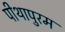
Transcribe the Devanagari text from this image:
पीथापुरम